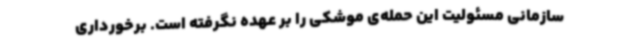
سازمانی مسئولیت این حمله‌ی موشکی را بر عهده نگرفته است. برخورداری